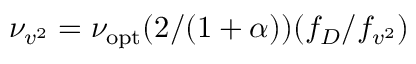
\nu _ { v ^ { 2 } } = \nu _ { \mathrm { o p t } } ( 2 / ( 1 + \alpha ) ) ( f _ { D } / f _ { v ^ { 2 } } )